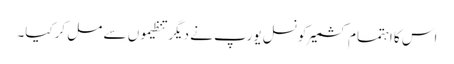
اس کا اہتمام کشمیرکونسل یورپ نے دیگر تنظیموں سے مل کرکیا۔